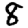
Digit: 8